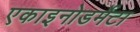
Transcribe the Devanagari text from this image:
एकाइनोडर्मेटा